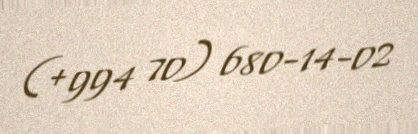
(+994 70) 680-14-02